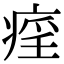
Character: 𤷏